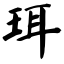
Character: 珥